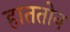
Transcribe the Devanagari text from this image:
हाततोन